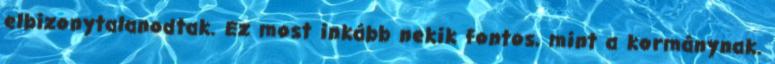
elbizonytalanodtak. Ez most inkább nekik fontos, mint a kormánynak.